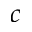
c